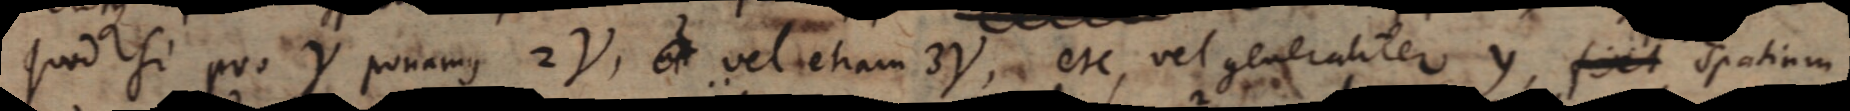
Quod si pro γ ponamus 2γ, ut vel etiam 3γ, etc., vel generaliter y, fiet spatium